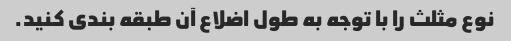
نوع مثلث را با توجه به طول اضلاع آن طبقه بندی کنید.